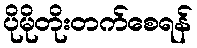
ပိုမိုတိုးတက်စေရန်